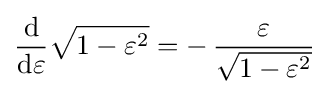
{\frac {\mathrm {d} }{\mathrm {d} \varepsilon }}{\sqrt {1-\varepsilon ^{2}}}=-\,{\frac {\varepsilon }{\sqrt {1-\varepsilon ^{2}}}}